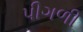
પીગળી